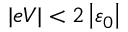
\vert e V \vert < 2 \left\vert \varepsilon _ { 0 } \right\vert